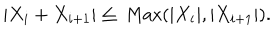
| X _ { i } + X _ { i + 1 } | \leq \mathrm { ~ M a x } ( | X _ { i } | , | X _ { i + 1 } | ) .